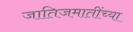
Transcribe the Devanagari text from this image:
जातिजमातींच्या